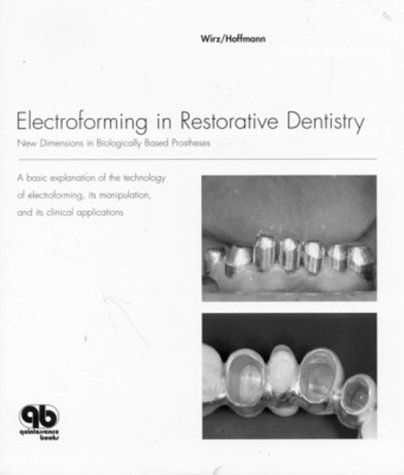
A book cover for Electroforming in Restorative Dentistry: New Dimensions in Biologically Based Prostheses; Jakob Wirz; Medical Books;